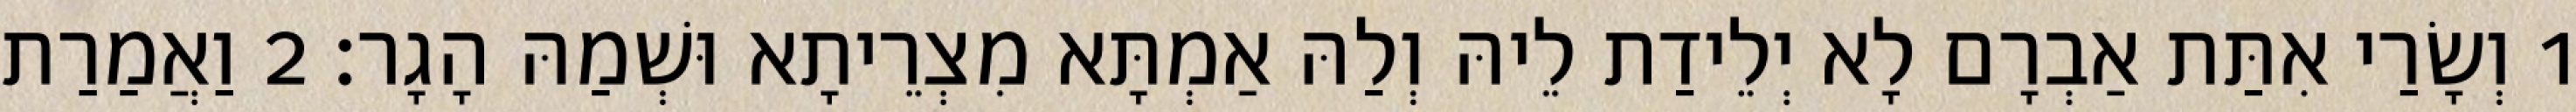
1 וְשָׂרַי אִתַּת אַבְרָם לָא יְלֵידַת לֵיהּ וְלַהּ אַמְתָּא מִצְרֵיתָא וּשְׁמַהּ הָגָר׃ 2 וַאֲמַרַת